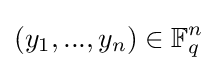
(y_{1},...,y_{n})\in \mathbb {F} _{q}^{n}